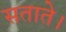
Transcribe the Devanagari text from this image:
सताते।